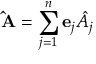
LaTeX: \mathbf { \hat { A } } = \sum _ { j = 1 } ^ { n } \mathbf { e } _ { j } { \hat { A } } _ { j }